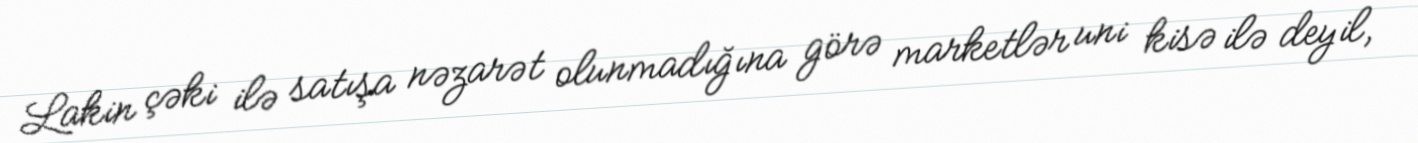
Lakin çəki ilə satışa nəzarət olunmadığına görə marketlər uni kisə ilə deyil,